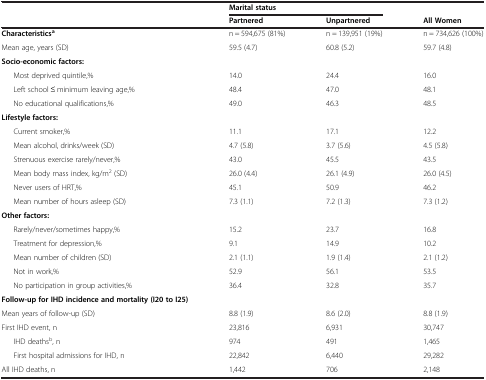
<table><thead><tr><td><b> </b></td><td colspan="2"><b>Marital status</b></td><td><b> </b></td></tr><tr><td><b> </b></td><td><b>Partnered</b></td><td><b>Unpartnered</b></td><td><b>All Women</b></td></tr></thead><tbody><tr><td><b>Characteristics</b><sup><b>a</b></sup></td><td>n = 594,675 (81%)</td><td>n = 139,951 (19%)</td><td>n = 734,626 (100%)</td></tr><tr><td>Mean age, years (SD)</td><td>59.5 (4.7)</td><td>60.8 (5.2)</td><td>59.7 (4.8)</td></tr><tr><td><b>Socio-economic factors:</b></td><td> </td><td> </td><td> </td></tr><tr><td>Most deprived quintile,%</td><td>14.0</td><td>24.4</td><td>16.0</td></tr><tr><td>Left school ≤ minimum leavingage,%</td><td>48.4</td><td>47.0</td><td>48.1</td></tr><tr><td>No educational qualifications,%</td><td>49.0</td><td>46.3</td><td>48.5</td></tr><tr><td><b>Lifestyle factors:</b></td><td> </td><td> </td><td> </td></tr><tr><td>Current smoker,%</td><td>11.1</td><td>17.1</td><td>12.2</td></tr><tr><td>Mean alcohol, drinks/week (SD)</td><td>4.7 (5.8)</td><td>3.7 (5.6)</td><td>4.5 (5.8)</td></tr><tr><td>Strenuous exercise rarely/never,%</td><td>43.0</td><td>45.5</td><td>43.5</td></tr><tr><td>Mean body mass index, kg/m<sup>2</sup> (SD)</td><td>26.0 (4.4)</td><td>26.1 (4.9)</td><td>26.0 (4.5)</td></tr><tr><td>Never users of HRT,%</td><td>45.1</td><td>50.9</td><td>46.2</td></tr><tr><td>Mean number of hours asleep (SD)</td><td>7.3 (1.1)</td><td>7.2 (1.3)</td><td>7.3 (1.2)</td></tr><tr><td><b>Other factors:</b></td><td> </td><td> </td><td> </td></tr><tr><td>Rarely/never/sometimes happy,%</td><td>15.2</td><td>23.7</td><td>16.8</td></tr><tr><td>Treatment for depression,%</td><td>9.1</td><td>14.9</td><td>10.2</td></tr><tr><td>Mean number of children (SD)</td><td>2.1 (1.1)</td><td>1.9 (1.4)</td><td>2.1 (1.2)</td></tr><tr><td>Not in work,%</td><td>52.9</td><td>56.1</td><td>53.5</td></tr><tr><td>No participation in group activities,%</td><td>36.4</td><td>32.8</td><td>35.7</td></tr><tr><td><b>Follow-up for IHD incidence and mortality (I20 to I25)</b></td><td> </td><td> </td><td> </td></tr><tr><td>Mean years of follow-up (SD)</td><td>8.8 (1.9)</td><td>8.6 (2.0)</td><td>8.8 (1.9)</td></tr><tr><td>First IHD event, n</td><td>23,816</td><td>6,931</td><td>30,747</td></tr><tr><td>IHD deaths<sup>b</sup>, n</td><td>974</td><td>491</td><td>1,465</td></tr><tr><td>First hospital admissions for IHD, n</td><td>22,842</td><td>6,440</td><td>29,282</td></tr><tr><td>All IHD deaths, n</td><td>1,442</td><td>706</td><td>2,148</td></tr></tbody></table>